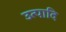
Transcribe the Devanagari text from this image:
उत्पादि